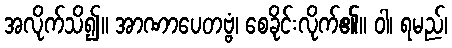
အလိုက်သိ၍။ အာဏာပေတဗ္ဗံ၊ စေခိုင်းလိုက်၏။ ဝါ၊ ရမည်၊